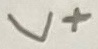
Text: V+